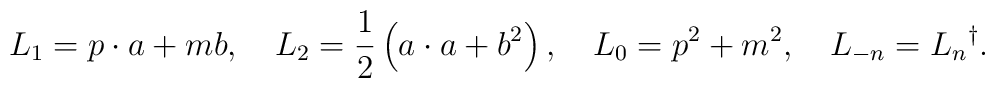
L_1=p\cdot a + mb ,\quad L_2=\frac 12\left(a\cdot a + b^2\right),\quad L_0=p^2+m^2,\quad L_{-n}=L_n{}^{\dag}.